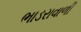
ભાડરાવાળી